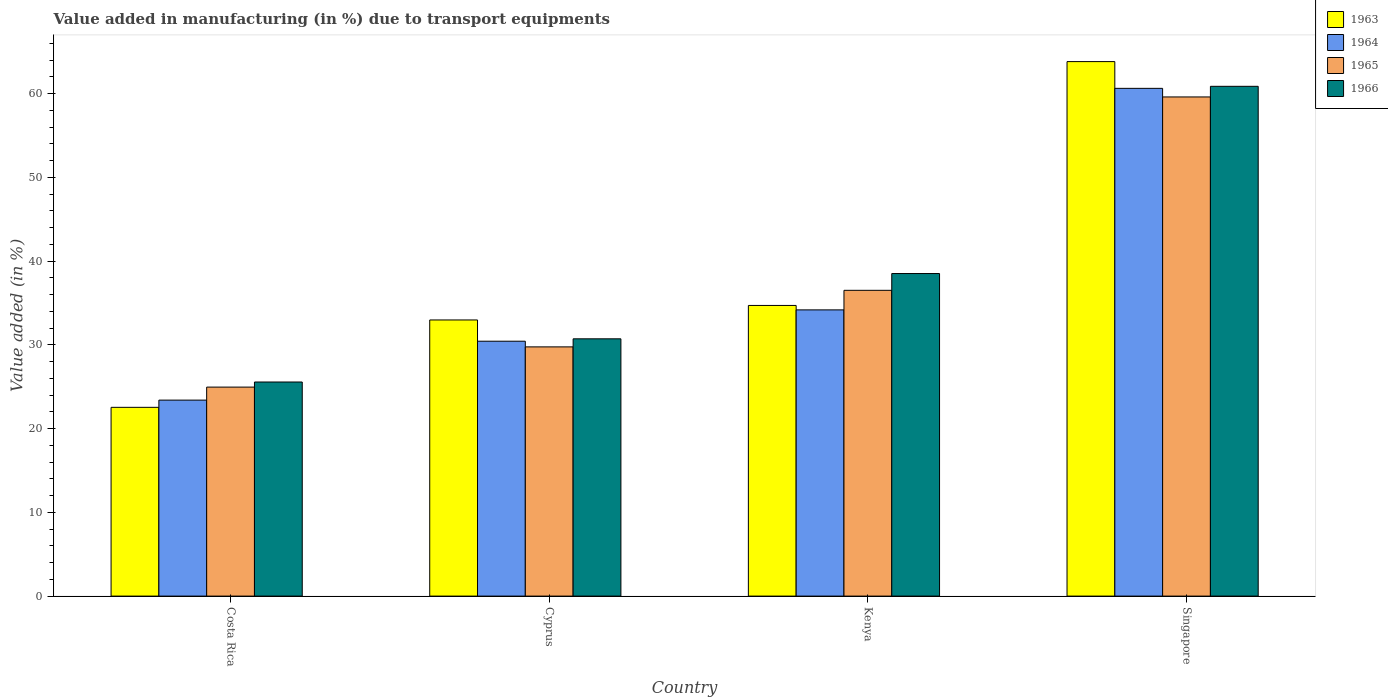
| Country | 1963 | 1964 | 1965 | 1966 |
 | --- | --- | --- | --- | --- |
 | Costa Rica | 22.5 | 23.4 | 25 | 25.6 |
 | Cyprus | 33 | 30.4 | 29.8 | 30.7 |
 | Kenya | 34.7 | 34.2 | 36.5 | 38.5 |
 | Singapore | 63.8 | 60.6 | 59.6 | 60.9 |